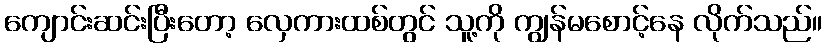
ကျောင်းဆင်းပြီးတော့ လှေကားထစ်တွင် သူ့ကို ကျွန်မစောင့်နေ လိုက်သည်။